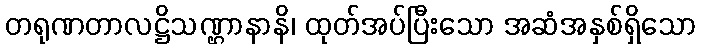
တရုဏတာလဋ္ဌိသဏ္ဌာနာနိ၊ ထုတ်အပ်ပြီးသော အဆံအနှစ်ရှိသော